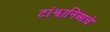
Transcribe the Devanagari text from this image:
टांझानिआचे